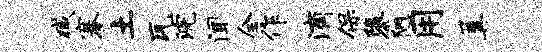
臧搴土瓦浣闻全作滴保隳陋用篝